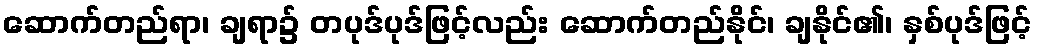
ဆောက်တည်ရာ၊ ချရာ၌ တပုဒ်ပုဒ်ဖြင့်လည်း ဆောက်တည်နိုင်၊ ချနိုင်၏၊ နှစ်ပုဒ်ဖြင့်